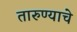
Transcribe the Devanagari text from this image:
तारुण्याचे